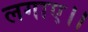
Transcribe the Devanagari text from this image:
लगाए।।